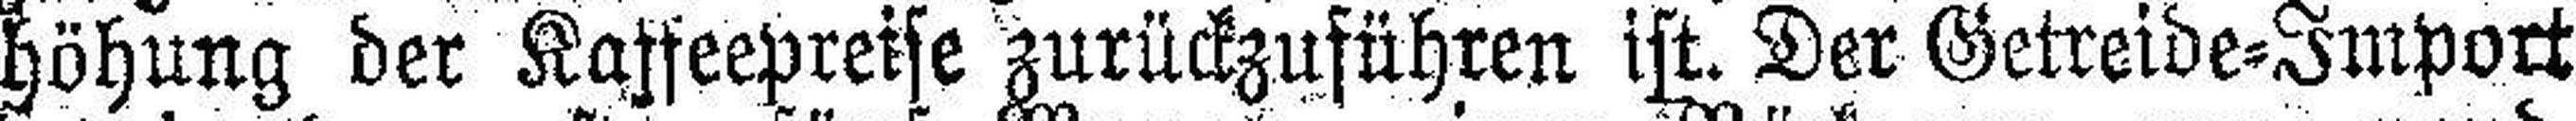
höhung der Kaffeepreise zurückzuführen ist. Der Getreide=Import